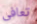
تعافى